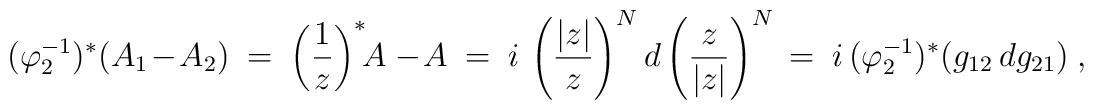
(\varphi_2 ^{-1})^\ast(A_1 - A_2)\  =\  \left(\frac{1}{z}\right)^\ast\!\! A\, - A \ =\  i\,\left(\frac{|z|}{z}\right)^N d\left(\frac{z}{|z|}\right)^N \, =\ i\,(\varphi_2 ^{-1})^\ast (g_{12}\, dg_{21})\ ,